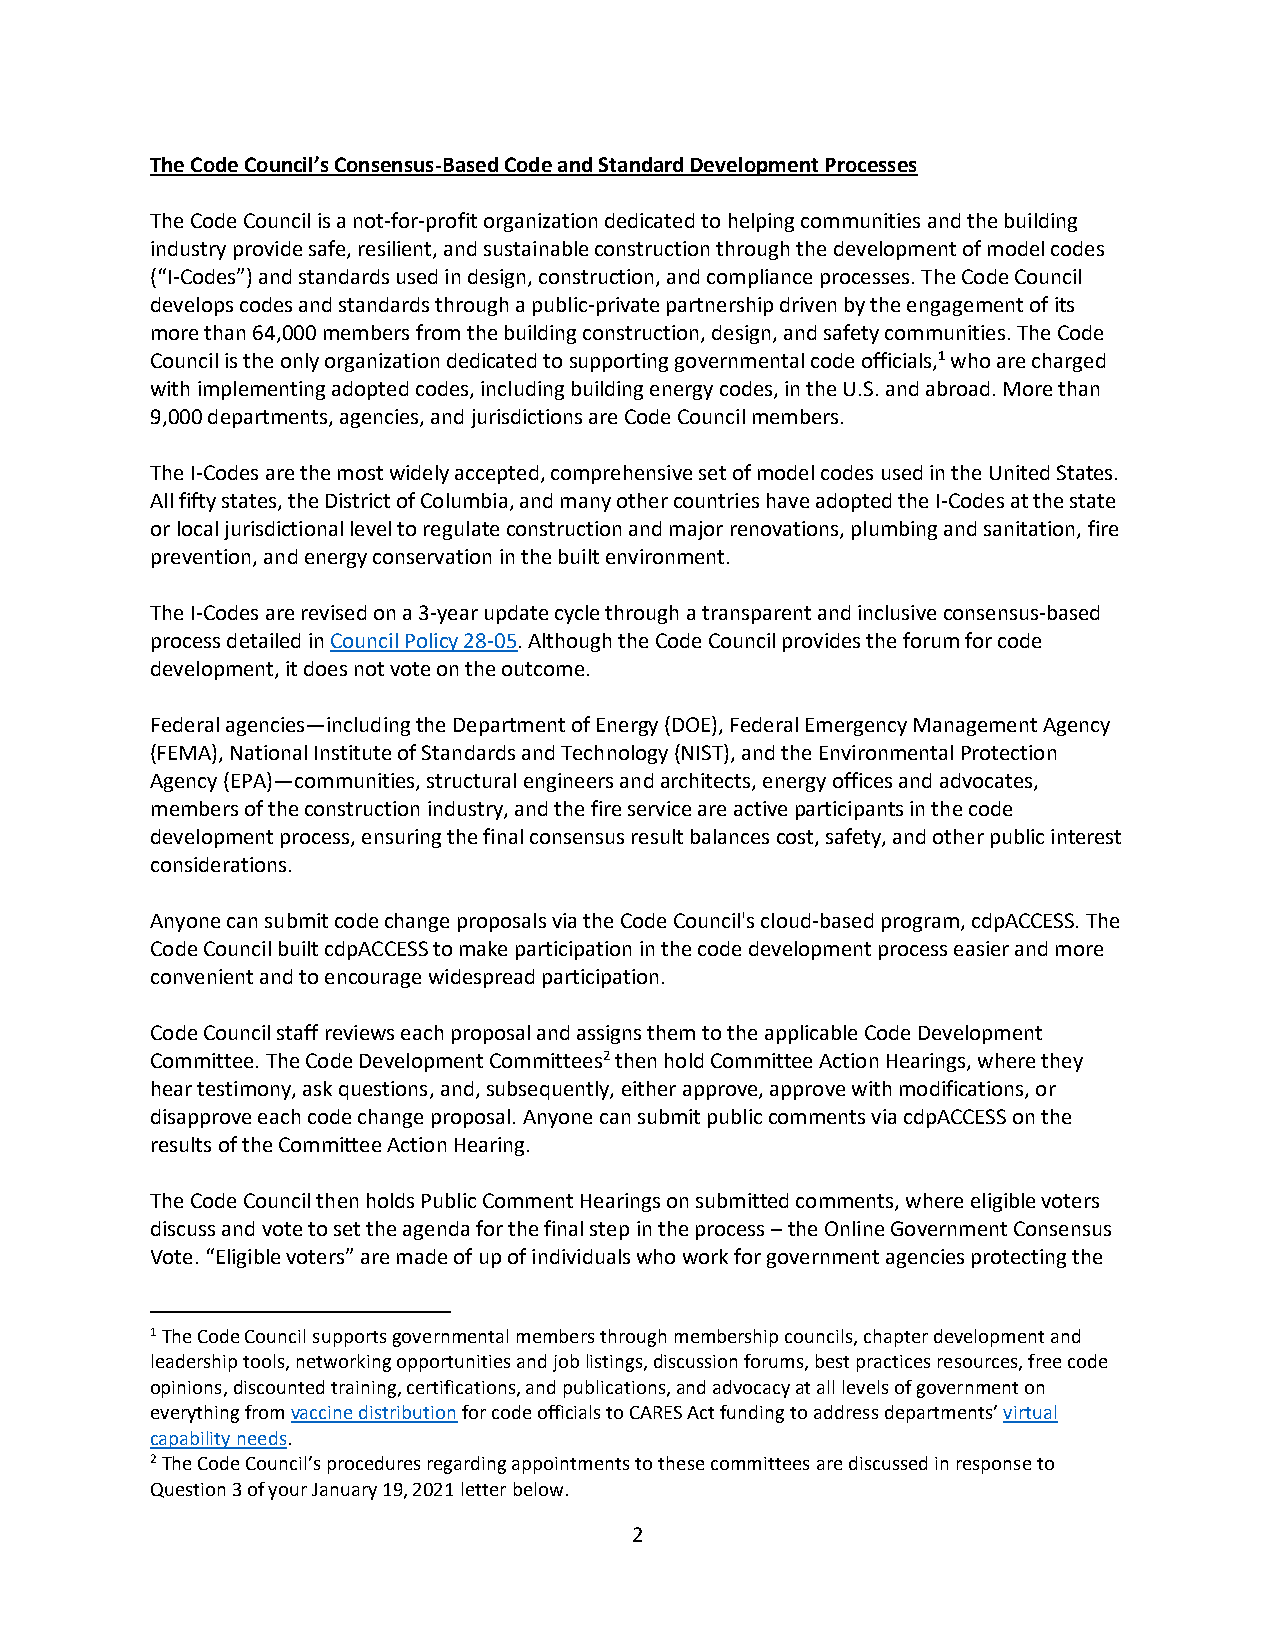
The Code Council’s Consensus-Based Code and Standard Development Processes
 The Code Council is a not-for-profit organization dedicated to helping communities and the building
 industry provide safe, resilient, and sustainable construction through the development of model codes
 (“I-Codes”) and standards used in design, construction, and compliance processes. The Code Council
 develops codes and standards through a public-private partnership driven by the engagement of its
 more than 64,000 members from the building construction, design, and safety communities. The Code
 Council is the only organization dedicated to supporting governmental code officials,1 who are charged
 with implementing adopted codes, including building energy codes, in the U.S. and abroad. More than
 9,000 departments, agencies, and jurisdictions are Code Council members.
 The I-Codes are the most widely accepted, comprehensive set of model codes used in the United States.
 All fifty states, the District of Columbia, and many other countries have adopted the I-Codes at the state
 or local jurisdictional level to regulate construction and major renovations, plumbing and sanitation, fire
 prevention, and energy conservation in the built environment.
 The I-Codes are revised on a 3-year update cycle through a transparent and inclusive consensus-based
 process detailed in Council Policy 28-05. Although the Code Council provides the forum for code
 development, it does not vote on the outcome.
 Federal agencies—including the Department of Energy (DOE), Federal Emergency Management Agency
 (FEMA), National Institute of Standards and Technology (NIST), and the Environmental Protection
 Agency (EPA)—communities, structural engineers and architects, energy offices and advocates,
 members of the construction industry, and the fire service are active participants in the code
 development process, ensuring the final consensus result balances cost, safety, and other public interest
 considerations.
 Anyone can submit code change proposals via the Code Council's cloud-based program, cdpACCESS. The
 Code Council built cdpACCESS to make participation in the code development process easier and more
 convenient and to encourage widespread participation.
 Code Council staff reviews each proposal and assigns them to the applicable Code Development
 Committee. The Code Development Committees2 then hold Committee Action Hearings, where they
 hear testimony, ask questions, and, subsequently, either approve, approve with modifications, or
 disapprove each code change proposal. Anyone can submit public comments via cdpACCESS on the
 results of the Committee Action Hearing.
 The Code Council then holds Public Comment Hearings on submitted comments, where eligible voters
 discuss and vote to set the agenda for the final step in the process – the Online Government Consensus
 Vote. “Eligible voters” are made of up of individuals who work for government agencies protecting the
 1 The Code Council supports governmental members through membership councils, chapter development and
 leadership tools, networking opportunities and job listings, discussion forums, best practices resources, free code
 opinions, discounted training, certifications, and publications, and advocacy at all levels of government on
 everything from vaccine distribution for code officials to CARES Act funding to address departments’ virtual
 capability needs.
 2 The Code Council’s procedures regarding appointments to these committees are discussed in response to
 Question 3 of your January 19, 2021 letter below.
 2